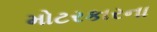
મોટરકારના